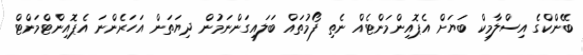
ބޭންކްގެ އިސްލާމިކް ބަޔަށް އެޕޮއިންމަންޓެއް ނެތި ފޯމުތައް ބަލައިގަންނަމުން ދިޔަތަން އަހަރެންނަ އެޕޮއިންޓްމަންޓް